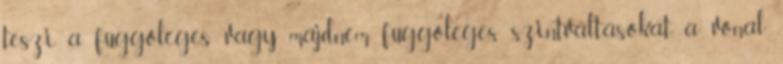
teszi a függőleges vagy majdnem függőleges szintváltásokat. a vonal